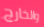
والخارج